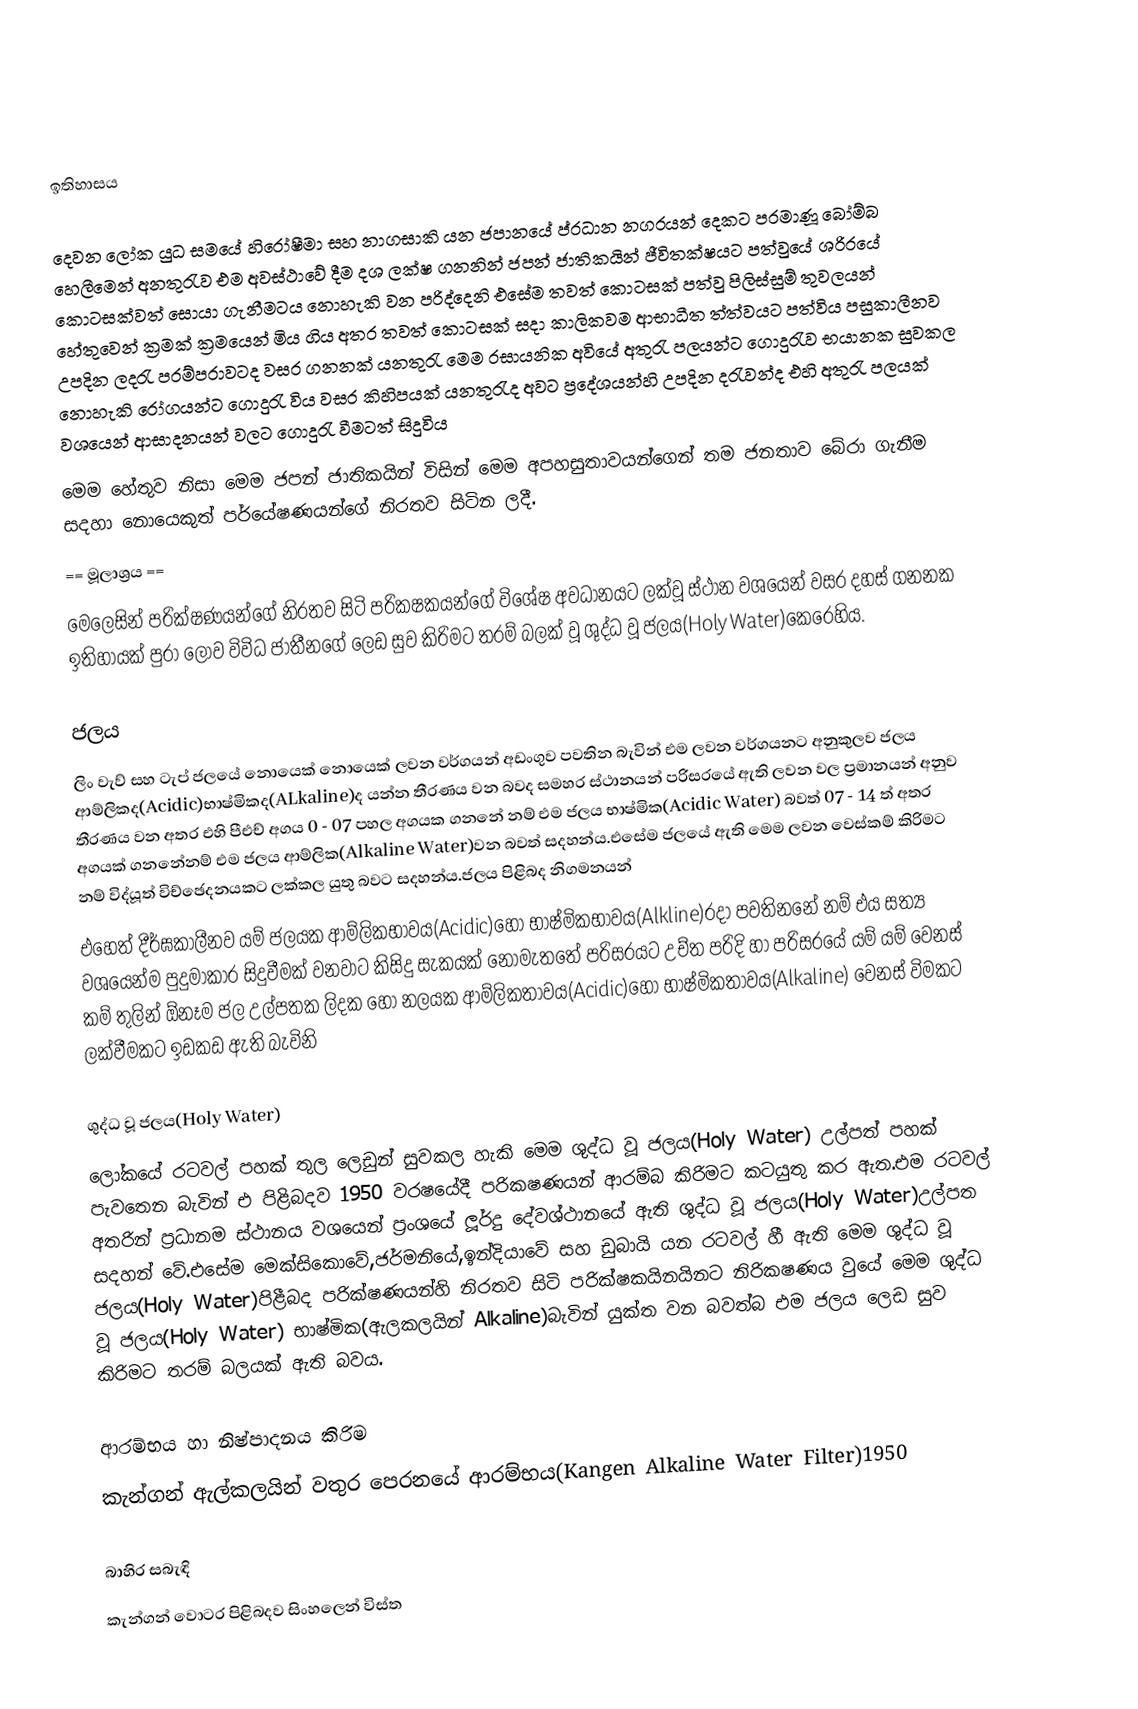

ඉතිහාසය

දෙවන ලෝක යුධ සමයේ හිරෝෂීමා සහ නාගසාකි යන ජපානයේ ප්රධාන නගරයන් දෙකට පරමාණූ බෝම්බ හෙලීමෙන් අනතුරැව එම අවස්ථාවේ දීම දශ ලක්ෂ ගනනින් ජපන් ජාතිකයින් ජීවිතක්ෂයට පත්වුයේ ශරිරයේ කොටසක්වත් සොයා ගැනීමටය නොහැකි වන පරිද්දෙනි එසේම තවත් කොටසක් පත්වු පිලිස්සුම් තුවලයන් හේතුවෙන් ක්‍රමක් ක්‍රමයෙන්  මිය ගිය අතර තවත් කොටසක් සදා කාලිකවම ආභාධීත ත්ත්වයට පත්විය පසුකාලීනව උපදින ලදරැ පරම්පරාවටද වසර ගනනක් යනතුරැ මෙම රසායනික අවියේ අතුරැ පලයන්ට ගොදුරැව භයානක සුවකල නොහැකි රෝගයන්ට ගොදුරැ විය වසර කිහිපයක් යනතුරැද අවට ප්‍රදේශයන්හි උපදින දරැවන්ද  එහි අතුරැ පලයක් වශයෙන් ආසාදනයන් වලට ගොදුරැ වීමටත් සිදුවිය
මෙම හේතුව නිසා මෙම ජපන් ජාතිකයින් විසින් මෙම අපහසුතාවයන්ගෙන් තම ජනතාව බේරා ගැනීම සදහා නොයෙකුත් පර්යේෂණයන්ගේ නිරතව සිටින ලදී.
== මූලාශ්‍රය ==
මෙලෙසින් පරික්ෂණයන්ගේ නිරතව සිටි පරිකෂකයන්ගේ විශේෂ අවධානයට ලක්වූ ස්ථාන වශයෙන් වසර දහස් ගනනක ඉතිහායක් පුරා ලොව විවිධ ජාතීනගේ ලෙඩ සුව කිරිමට තරම් බලක් වූ ශුද්ධ වූ ජලය(Holy Water)කෙරෙහිය.

ජලය
 ලිං වැව් සහ ටැප් ජලයේ නොයෙක් නොයෙක් ලවන වර්ගයන් අඩංගුව පවතින බැවින් එම ලවන වර්ගයනට අනුකුලව ජලය ආම්ලිකද(Acidic)භාෂ්මිකද(ALkaline)ද යන්න තීරණය වන බවද සමහර ස්ථානයන් පරිසරයේ ඇති ලවන වල ප්‍රමානයන් අනුව තීරණය වන අතර එහි පීඑච් අගය 0 - 07 පහල අගයක ගනනේ නම් එම ජලය භාෂ්මික(Acidic Water) බවත් 07 - 14 ත් අතර අගයක් ගනනේනම් එම ජලය ආම්ලික(Alkaline Water)වන බවත් සදහන්ය.එසේම ජලයේ ඇති මෙම ලවන වෙස්කම් කිරිමට නම් විද්යූත් විච්ඡෙදනයකට ලක්කල යුතු බවට සදහන්ය.ජලය පිළිබද නිගමනයන්
එහෙත් දීර්ඝකාලීනව යම් ජලයක ආම්ලිකභාවය(Acidic)හෝ භාෂ්මිකභාවය(Alkline)රදා පවතිනනේ නම් එය සත්‍ය වශයෙන්ම පුදුමාකාර සිදුවීමක් වනවාට කිසිදු සැකයක් නොමැතතේ පරිසරයට උච්ත පරිදි හා පරිසරයේ යම් යම් වෙනස් කම් තුලින් ඕනෑම ජල උල්පතක ලිදක හෝ නලයක ආම්ලිකතාවය(Acidic)හෝ භාෂ්මිකතාවය(Alkaline) වෙනස් විමකට ලක්වීමකට ඉඩකඩ ඇති බැවිනි

ශුද්ධ වූ ජලය(Holy Water)
ලෝකයේ රටවල් පහක් තුල ලෙඩුන් සුවකල හැකි මෙම ශුද්ධ වූ ජලය(Holy Water) උල්පත් පහක් පැවතෙන බැවින් එ පිළිබදව 1950 වරෂයේදී පරිකෂණයන් ආරම්බ කිරිමට කටයුතු කර ඇත.එම රටවල් අතරින් ප්‍රධානම ස්ථානය වශයෙන් ප්‍රංශයේ ලූර්දු දේවශ්ථානයේ ඇති ශුද්ධ වූ ජලය(Holy Water)උල්පත සදහන් වේ.එසේම මෙක්සිකොවේ,ජර්මනියේ,ඉන්දියාවේ සහ ඩුබායි යන රටවල් හී ඇති මෙම ශුද්ධ වූ ජලය(Holy Water)පිළීබද පරික්ෂණයන්හි නිරතව සිටි පරික්ෂකයිනයිනට නිරිකෂණය වුයේ මෙම ශුද්ධ වූ ජලය(Holy Water) භාෂ්මික(ඇලකලයින් Alkaline)බැවින් යුක්ත වන බවත්බ එම ජලය ලෙඩ සුව කිරිමට තරම් බලයක් ඇති බවය.

ආරම්භය හා නිෂ්පාදනය කිරිම
කැන්ගන් ඇල්කලයින් වතුර පෙරනයේ ආරම්භය(Kangen Alkaline Water Filter)1950

බාහිර සබැඳි
 කැන්ගන් වොටර පිළිබදව සිංහලෙන් විස්ත